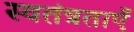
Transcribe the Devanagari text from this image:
स्वतंत्रताएँ